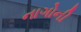
નાગોની